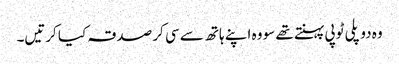
وہ دو پلی ٹوپی پہنتے تھے سو وہ اپنے ہاتھ سے سی کر صدقہ کیا کرتیں۔